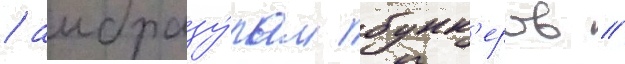
/ амбразу́рам бунк'еров /